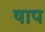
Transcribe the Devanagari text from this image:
षाप